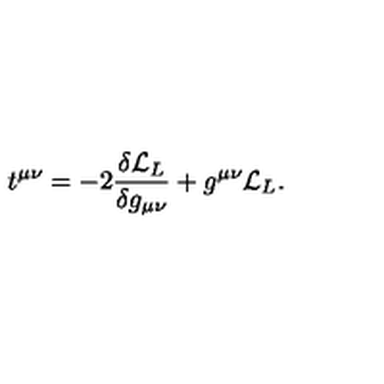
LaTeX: t ^ { \mu \nu } = - 2 { \frac { \delta { \cal L } _ { L } } { \delta g _ { \mu \nu } } } + g ^ { \mu \nu } { \cal L } _ { L } .